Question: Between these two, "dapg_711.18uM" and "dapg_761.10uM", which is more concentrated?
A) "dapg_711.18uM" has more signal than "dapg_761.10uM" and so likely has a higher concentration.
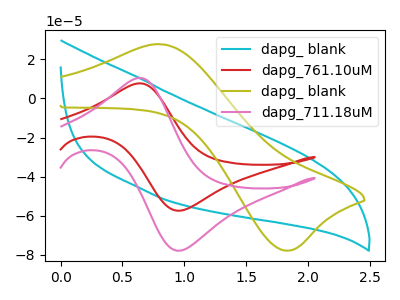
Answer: <think>The cyan curve "dapg_ blank" has no peaks. The red curve "dapg_761.10uM" has an anodic peak at (0.65V, 7.70uA) and a cathodic peak at (0.95V, -57.35uA). The olive curve "dapg_ blank" has an anodic peak at (0.80V, 27.65uA) and a cathodic peak at (1.80V, -77.75uA). The pink curve "dapg_711.18uM" has an anodic peak at (0.65V, 10.45uA) and a cathodic peak at (0.95V, -77.75uA).
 All the peaks in "dapg_711.18uM" have a peak in "dapg_761.10uM" at the same potential. Every peak in "dapg_711.18uM" is higher than every peak in "dapg_761.10uM".</think>
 <answer>A) "dapg_711.18uM" has more signal than "dapg_761.10uM" and so likely has a higher concentration.</answer>
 <eval>A</eval>